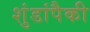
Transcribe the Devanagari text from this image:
शुंडांपैकी